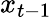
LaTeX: x_{t-1}